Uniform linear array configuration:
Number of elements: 24
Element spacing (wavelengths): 0.25
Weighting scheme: binomial
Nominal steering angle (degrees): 45
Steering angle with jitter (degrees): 44.722
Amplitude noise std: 0.05
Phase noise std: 0.05

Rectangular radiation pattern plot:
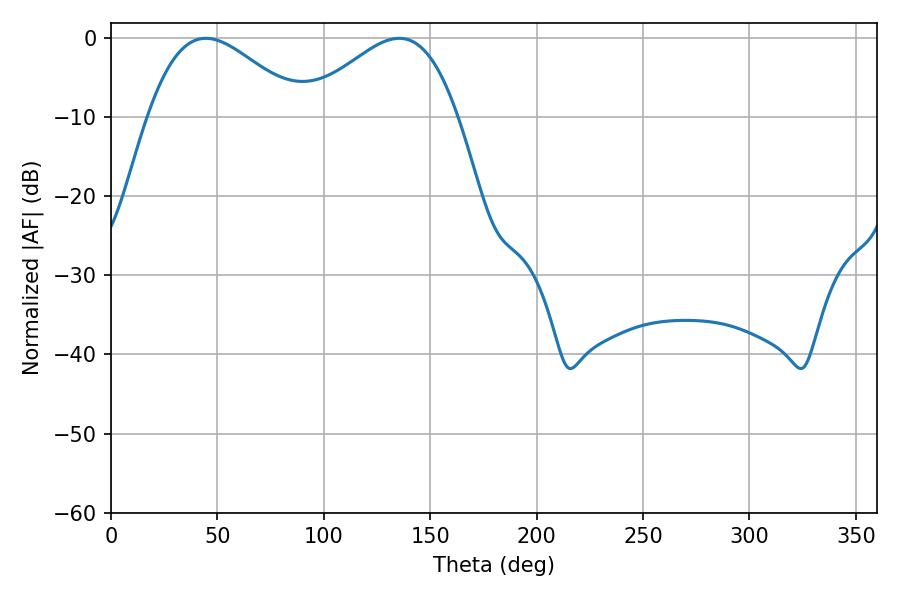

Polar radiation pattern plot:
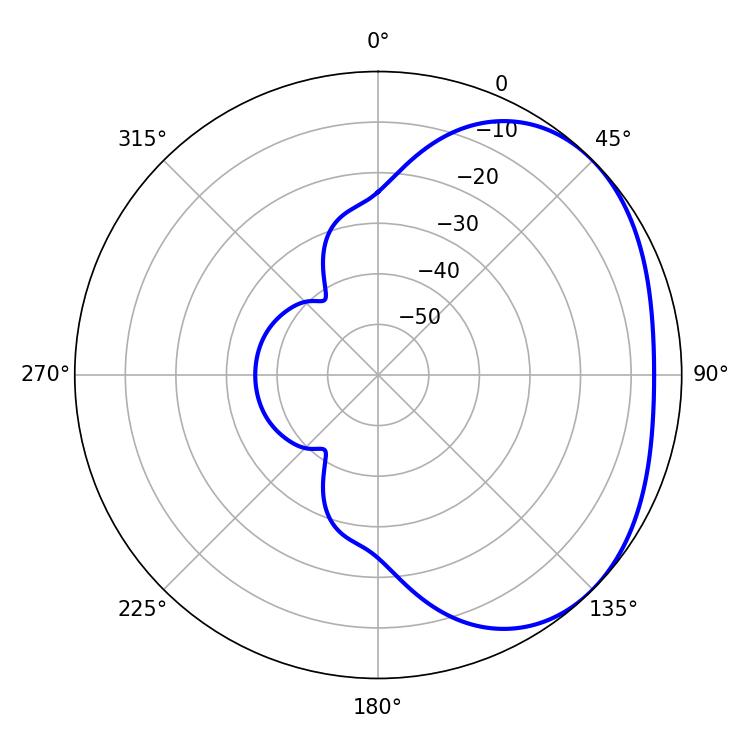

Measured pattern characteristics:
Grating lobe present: FALSE
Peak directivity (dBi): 2.585
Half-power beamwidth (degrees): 38.88
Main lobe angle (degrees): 44.64